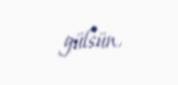
gülsün.